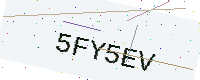
Text: 5FY5EV